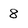
Character: 8